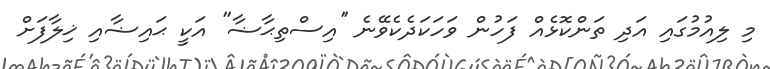
މި ލިއުމުގައި އަދި ތަންކޮޅެއް ފަހުން ވަހަކަދެކެވޭނެ ''އިސްތިޙާޟާ'' އަކީ ޙައިޟާއި ޚިލާފަށް